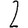
Digit: 2